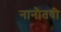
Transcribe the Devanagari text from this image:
नानौतवी